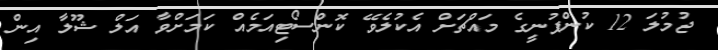
ޖުމުލަ 12 ކުންފުނީގެ މައްޗަށް އެކުލެވޭ ކޮންސޯޓިއަމެއް ކަމަށްވާ އަލް ޝޫލާ އިން